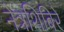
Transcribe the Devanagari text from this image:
नेत्रशिबिरे